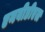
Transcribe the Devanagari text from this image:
एनबीडीएल